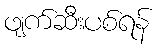
ဖျက်ဆီးပစ်ရန်